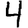
Digit: 4